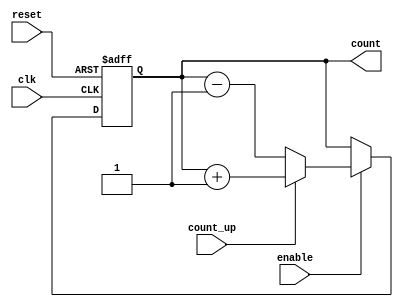
module synchronous_counter #(
    parameter WIDTH = 4 // Configurable bit width (e.g., 4-bit, 8-bit)
)(
    input wire clk,          // Clock input
    input wire reset,        // Reset input
    input wire enable,       // Enable input
    input wire count_up,     // Count direction control (1 for up, 0 for down)
    output reg [WIDTH-1:0] count // Current count value
);

    // Always block triggered on the rising edge of the clock
    always @(posedge clk or posedge reset) begin
        if (reset) begin
            // Reset the counter to zero
            count <= 0;
        end else if (enable) begin
            // Count up or down based on the count_up signal
            if (count_up) begin
                count <= count + 1; // Increment the count
            end else begin
                count <= count - 1; // Decrement the count
            end
        end
    end

endmodule